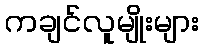
ကချင်လူမျိုးများ